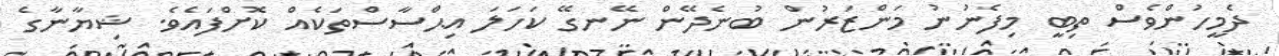
ދެމީހުންވެސް ތިބީ މިފެނުނު މަންޒަރުން ބުނެދޭން ނޭނގޭ ކަހަލަ އިޙްސާސްތަކެއް ކޮށްފައެވެ. ޝިޔާނާގެ